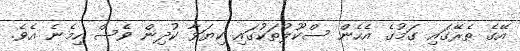
އޭގެ ތެރޭގައި ގަމުގެ އެހެން ސްކޫލުތަކުގައި ކިޔަވާ ކުދިން ވެސް ހިމެނެ އެވެ.